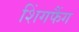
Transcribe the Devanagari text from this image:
शिंगफैंग